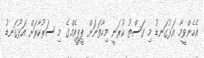
އެހެންވީމާ އަޅުގަނޑު މި ގަސްތު ކުރަނީ މިހާތަނަށް ޕީޕީއެމްގެ މި ސަރުކާރަށް އަޅުގަނޑު